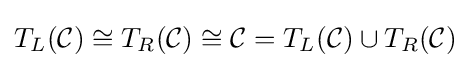
T_{L}({\mathcal {C}})\cong T_{R}({\mathcal {C}})\cong {\mathcal {C}}=T_{L}({\mathcal {C}})\cup T_{R}({\mathcal {C}})